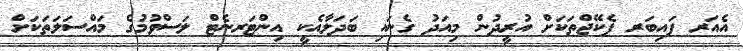
އެއަރ ފައިބަރ ޕެކޭޖްތަކަށް އުރީދުން މިއަދު ގެނައި ބަދަލާއެކީ އިންޓަރނެޓް ލަސްވުމުގެ މައްސަލަތަކަށް